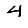
Digit: 4